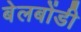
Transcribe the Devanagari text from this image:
बेलबोंडी